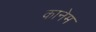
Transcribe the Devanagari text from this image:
कानेम